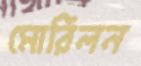
মোরিলন